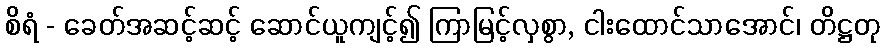
စိရံ - ခေတ်အဆင့်ဆင့် ဆောင်ယူကျင့်၍ ကြာမြင့်လှစွာ, ငါးထောင်သာအောင်၊ တိဋ္ဌတု